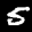
Label: 5